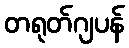
တရုတ်ဂျပန်